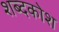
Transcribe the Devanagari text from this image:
शब्‍दकोश